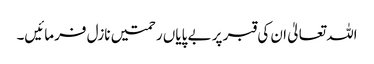
اللہ تعالیٰ ان کی قبر پر بے پایاں رحمتیں نازل فرمائیں۔